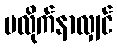
မလိုက်နာလျှင်